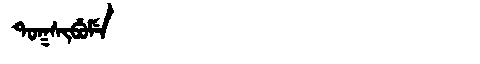
Manchu: ᡨᠣᡴᠰᡳᠪᡠᠮᡝ
Romanization: TOKSIBUME